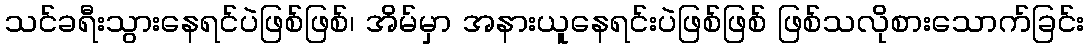
သင်ခရီးသွားနေရင်ပဲဖြစ်ဖြစ်၊ အိမ်မှာ အနားယူနေရင်းပဲဖြစ်ဖြစ် ဖြစ်သလိုစားသောက်ခြင်း